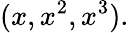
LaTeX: (x,x^{2},x^{3}).